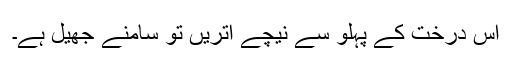
اس درخت کے پہلو سے نیچے اتریں تو سامنے جھیل ہے۔